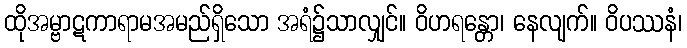
ထိုအမ္ဗာဋကာရာမအမည်ရှိသော အရံ၌သာလျှင်။ ဝိဟရန္တော၊ နေလျက်။ ဝိပဿနံ၊